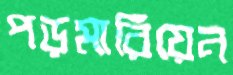
পড়মারিয়েন